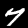
Label: 7